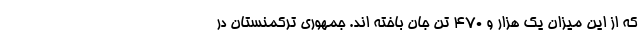
که از این میزان یک هزار و ۴۷۰ تن جان باخته اند. جمهوری ترکمنستان در